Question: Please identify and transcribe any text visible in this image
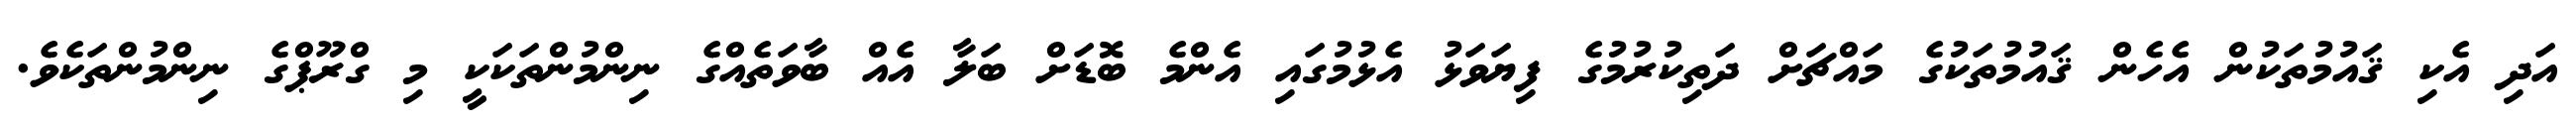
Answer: އަދި އެކި ޤައުމުތަކުން އެހެން ޤައުމުތަކުގެ މައްޗަށް ދަތިކުރުމުގެ ފިޔަވަޅު އެޅުމުގައި އެންމެ ބޮޑަށް ބަލާ އެއް ބާވަތެއްގެ ނިންމުންތަކަކީ މި ގްރޫޕްގެ ނިންމުންތަކެވެ.